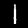
Digit: 1